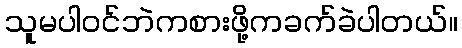
သူမပါဝင်ဘဲကစားဖို့ကခက်ခဲပါတယ်။